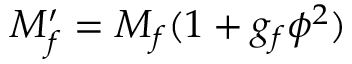
M _ { f } ^ { \prime } = M _ { f } ( 1 + g _ { f } \phi ^ { 2 } )